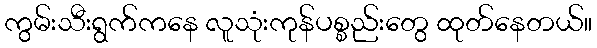
ကွမ်းသီးရွက်ကနေ လူသုံးကုန်ပစ္စည်းတွေ ထုတ်နေတယ်။